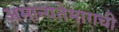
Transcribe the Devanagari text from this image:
अमान्यतेमागची